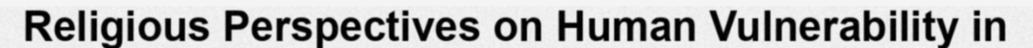
Religious Perspectives on Human Vulnerability in